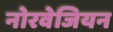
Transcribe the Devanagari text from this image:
नोरवेजियन